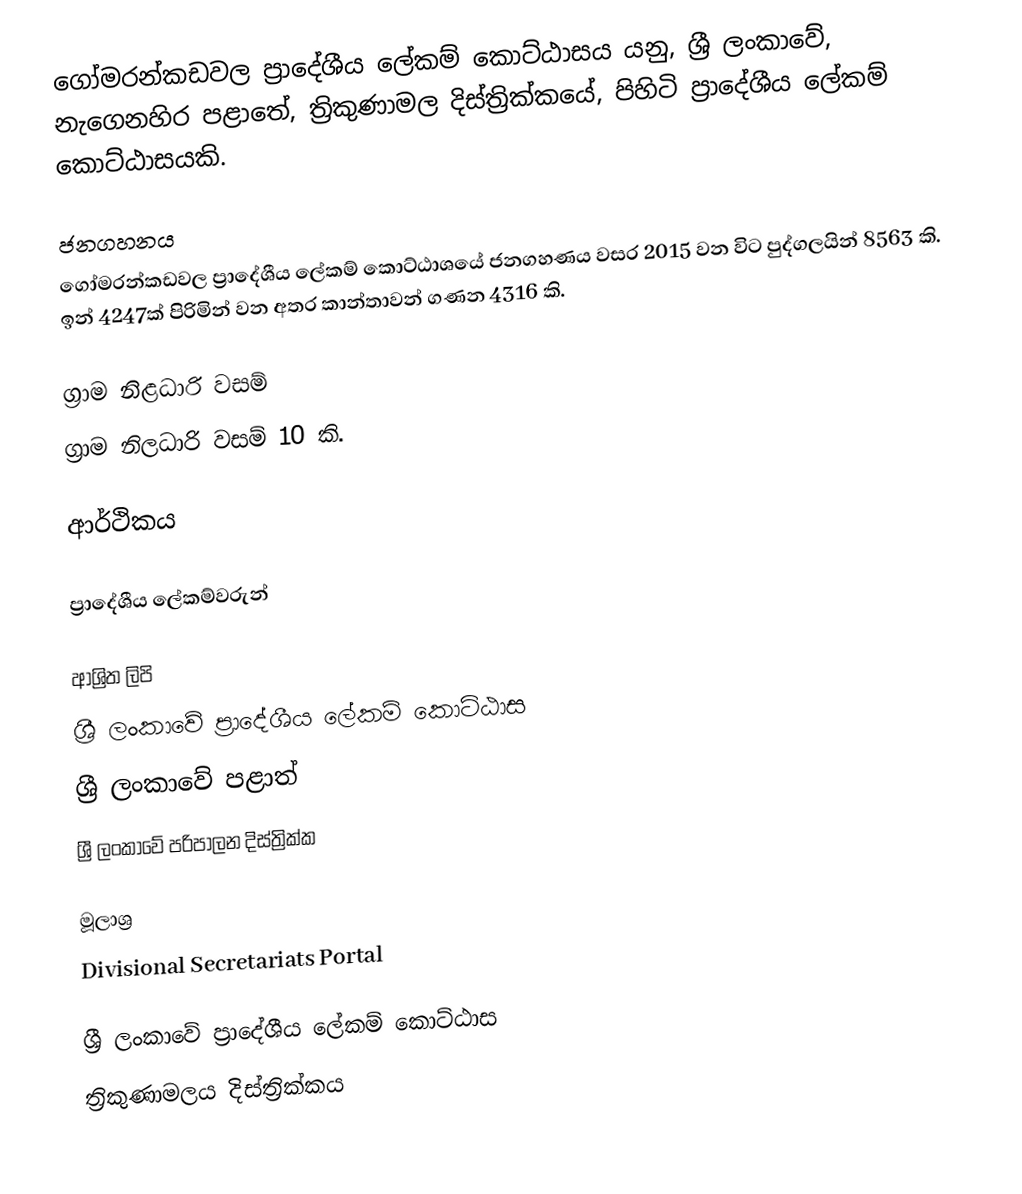
ගෝමරන්කඩවල ප්‍රාදේශීය ලේකම් කොට්ඨාසය යනු,  ශ්‍රී ලංකාවේ, නැගෙනහිර පළාතේ,   ත්‍රිකුණාමල දිස්ත්‍රික්කයේ, පිහිටි ප්‍රාදේශීය ලේකම් කොට්ඨාසයකි.

ජනගහනය
ගෝමරන්කඩවල ප්‍රාදේශීය ලේකම් කොට්ඨාශයේ ජනගහණය වසර 2015 වන විට පුද්ගලයින් 8563 කි. ඉන් 4247ක් පිරිමින් වන අතර කාන්තාවන් ගණන 4316 කි.

ග්‍රාම නිළධාරි වසම්
ග්‍රාම නිලධාරි වසම් 10 කි.

ආර්ථිකය

ප්‍රාදේශීය ලේකම්වරුන්

ආශ්‍රිත ලිපි
ශ්‍රී ලංකාවේ ප්‍රාදේශීය ලේකම් කොට්ඨාස
ශ්‍රී ලංකාවේ පළාත්
ශ්‍රී ලංකාවේ පරිපාලන දිස්ත්‍රික්ක

මූලාශ්‍ර
 Divisional Secretariats Portal

ශ්‍රී ලංකාවේ ප්‍රාදේශීය ලේකම් කොට්ඨාස
ත්‍රිකුණාමලය දිස්ත්‍රික්කය